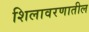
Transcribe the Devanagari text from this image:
शिलावरणातील